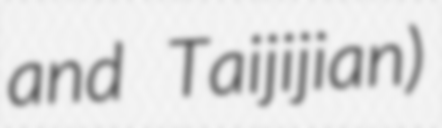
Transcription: and Taijijian)